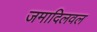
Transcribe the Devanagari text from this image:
जमादिलवल